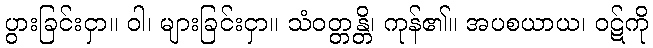
ပွားခြင်းငှာ။ ဝါ၊ များခြင်းငှာ။ သံဝတ္တန္တိ၊ ကုန်၏။ အပစယာယ၊ ဝဋ်ကို